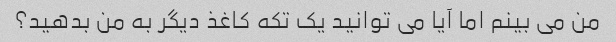
من می بینم اما آیا می توانید یک تکه کاغذ دیگر به من بدهید؟